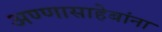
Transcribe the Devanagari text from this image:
अण्णासाहेबांना